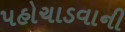
પહોચાડવાની